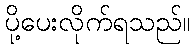
ပို့ပေးလိုက်ရသည်။